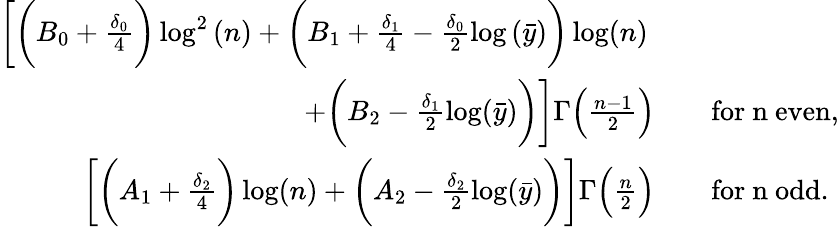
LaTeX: \begin{array}{rl}{\bigg[\bigg(B_{0}+\frac{\delta_{0}}{4}\bigg)\log^{2}{(n)}+\bigg(B_{1}+\frac{\delta_{1}}{4}-\frac{\delta_{0}}{2}\log{(\bar{y})}\bigg)\log(n)\quad~}&{}\\ {+\bigg(B_{2}-\frac{\delta_{1}}{2}\log(\bar{y})\bigg)\bigg]\Gamma\Big(\frac{n-1}{2}\Big)\quad}&{\mathrm{for~n~even},}\\ {\bigg[\bigg(A_{1}+\frac{\delta_{2}}{4}\bigg)\log(n)+\bigg(A_{2}-\frac{\delta_{2}}{2}\log(\bar{y})\bigg)\bigg]\Gamma\Big(\frac{n}{2}\Big)\quad}&{\mathrm{for~n~odd}.}\end{array}